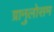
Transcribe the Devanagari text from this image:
ग्रानुलोसम